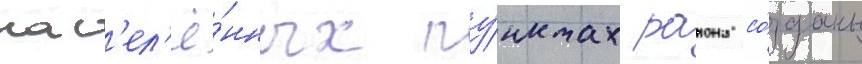
нас'ел'ё́нных пу́нктах раиона со́зданы